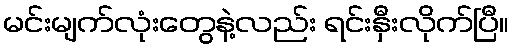
မင်းမျက်လုံးတွေနဲ့လည်း ရင်းနှီးလိုက်ပြီ။